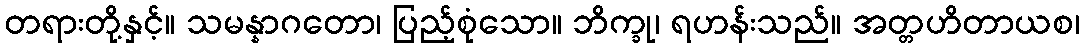
တရားတို့နှင့်။ သမန္နာဂတော၊ ပြည့်စုံသော။ ဘိက္ခု၊ ရဟန်းသည်။ အတ္တဟိတာယစ၊